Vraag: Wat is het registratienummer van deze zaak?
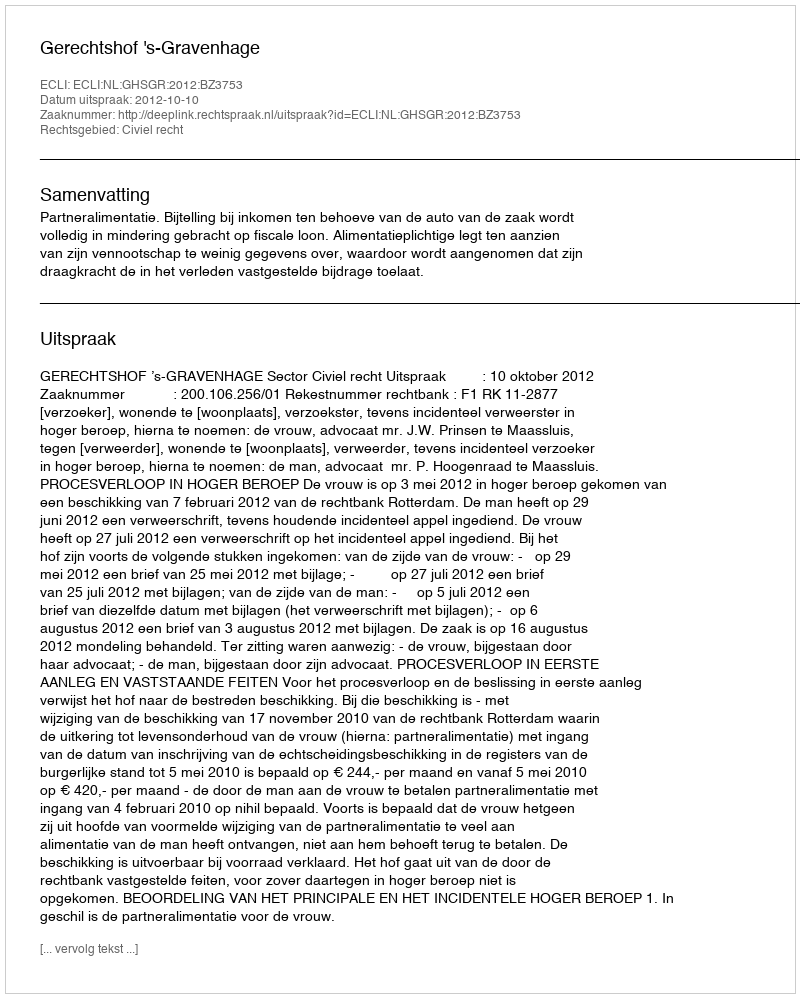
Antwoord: http://deeplink.rechtspraak.nl/uitspraak?id=ECLI:NL:GHSGR:2012:BZ3753